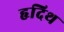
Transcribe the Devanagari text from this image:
हृदिथ